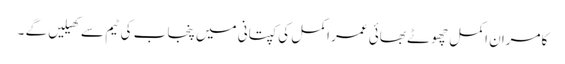
کامران اکمل چھوٹے بھائی عمر اکمل کی کپتانی میں پنجاب کی ٹیم سے کھیلیں گے ۔